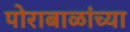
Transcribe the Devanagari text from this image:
पोराबाळांच्या